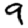
Digit: 9